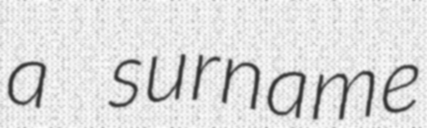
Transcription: a surname